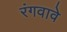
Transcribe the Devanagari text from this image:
रंगवावे